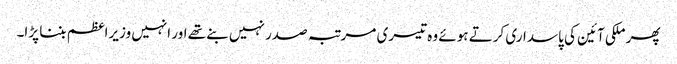
پھر ملکی آئین کی پاسداری کرتے ہوئے وہ تیسری مرتبہ صدر نہیں بنے تھے اور انہیں وزیراعظم بننا پڑا۔